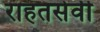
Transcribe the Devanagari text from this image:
राहतसेवी